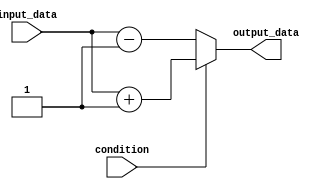
module Generate_If_Else(
    input wire condition,
    input wire input_data,
    output reg output_data
);

always @(*) begin
    if (condition == 1'b1) begin
        // Execute code block if condition is true
        output_data = input_data + 1;
    end else begin
        // Execute code block if condition is false
        output_data = input_data - 1;
    end
end

endmodule